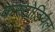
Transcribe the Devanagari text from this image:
कस्टोडियल